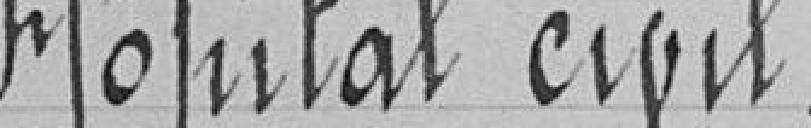
Hôpital civil